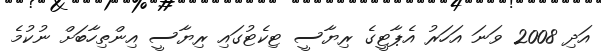
އަދި 2008 ވަނަ އަހަރު އެޕާޓީގެ ރިޔާސީ ޓިކެޓުގައި ރިޔާސީ އިންތިހާބަށް ނުކުމެ